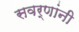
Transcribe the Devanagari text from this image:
सवर्णांनी